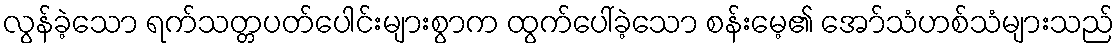
လွန်ခဲ့သော ရက်သတ္တပတ်ပေါင်းများစွာက ထွက်ပေါ်ခဲ့သော စန်းမေ့၏ အော်သံဟစ်သံများသည်